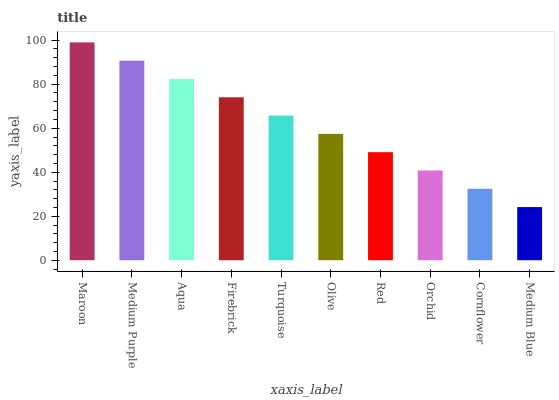
| xaxis_label | bars |
 | --- | --- |
 | Maroon | 99 |
 | Medium Purple | 90.7 |
 | Aqua | 82.4 |
 | Firebrick | 74.1 |
 | Turquoise | 65.7 |
 | Olive | 57.4 |
 | Red | 49.1 |
 | Orchid | 40.8 |
 | Cornflower | 32.5 |
 | Medium Blue | 24.2 |